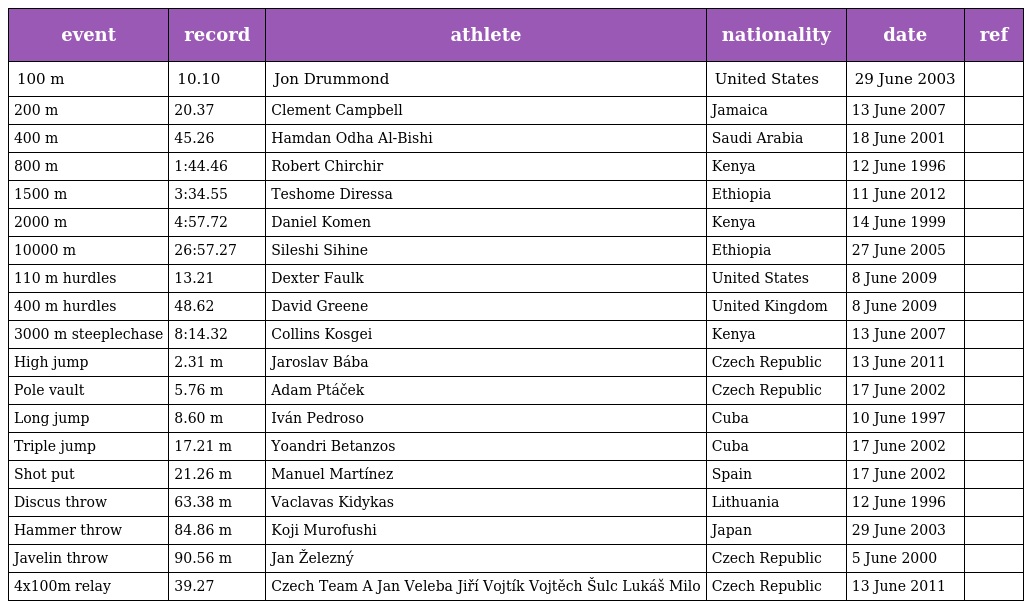
| event | record | athlete | nationality | date | ref |
 | --- | --- | --- | --- | --- | --- |
 | 100 m | 10.10 | Jon Drummond | United States | 29 June 2003 |  |
 | 200 m | 20.37 | Clement Campbell | Jamaica | 13 June 2007 |  |
 | 400 m | 45.26 | Hamdan Odha Al-Bishi | Saudi Arabia | 18 June 2001 |  |
 | 800 m | 1:44.46 | Robert Chirchir | Kenya | 12 June 1996 |  |
 | 1500 m | 3:34.55 | Teshome Diressa | Ethiopia | 11 June 2012 |  |
 | 2000 m | 4:57.72 | Daniel Komen | Kenya | 14 June 1999 |  |
 | 10000 m | 26:57.27 | Sileshi Sihine | Ethiopia | 27 June 2005 |  |
 | 110 m hurdles | 13.21 | Dexter Faulk | United States | 8 June 2009 |  |
 | 400 m hurdles | 48.62 | David Greene | United Kingdom | 8 June 2009 |  |
 | 3000 m steeplechase | 8:14.32 | Collins Kosgei | Kenya | 13 June 2007 |  |
 | High jump | 2.31 m | Jaroslav Bába | Czech Republic | 13 June 2011 |  |
 | Pole vault | 5.76 m | Adam Ptáček | Czech Republic | 17 June 2002 |  |
 | Long jump | 8.60 m | Iván Pedroso | Cuba | 10 June 1997 |  |
 | Triple jump | 17.21 m | Yoandri Betanzos | Cuba | 17 June 2002 |  |
 | Shot put | 21.26 m | Manuel Martínez | Spain | 17 June 2002 |  |
 | Discus throw | 63.38 m | Vaclavas Kidykas | Lithuania | 12 June 1996 |  |
 | Hammer throw | 84.86 m | Koji Murofushi | Japan | 29 June 2003 |  |
 | Javelin throw | 90.56 m | Jan Železný | Czech Republic | 5 June 2000 |  |
 | 4x100m relay | 39.27 | Czech Team A Jan Veleba Jiří Vojtík Vojtěch Šulc Lukáš Milo | Czech Republic | 13 June 2011 |  |